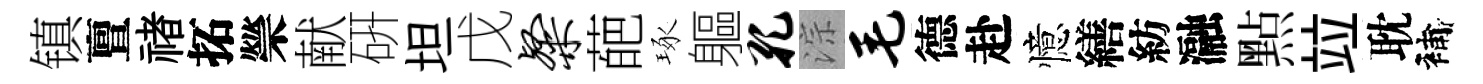
镇亶禇拓禜献硏坦戊粲葩琢軀孔淙毛德赴憶繕紡瀜㸃竝耽補